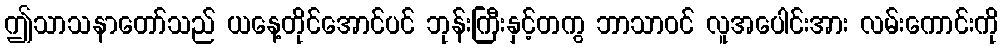
ဤသာသနာတော်သည် ယနေ့တိုင်အောင်ပင် ဘုန်းကြီးနှင့်တကွ ဘာသာဝင် လူအပေါင်းအား လမ်းကောင်းကို